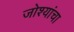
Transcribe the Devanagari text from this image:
जोश्यांचा